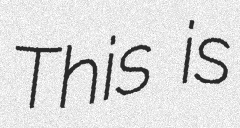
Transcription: This is